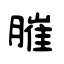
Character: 膗